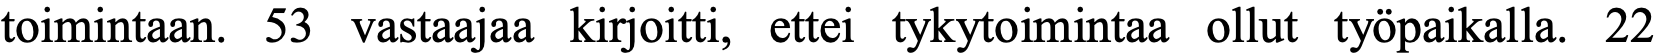
toimintaan. 53 vastaajaa kirjoitti, ettei tykytoimintaa ollut työpaikalla. 22